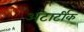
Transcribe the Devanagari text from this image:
अंटार्टीक